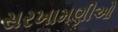
સરખામણીઓ